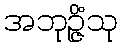
အဘုဉ္ဇိံသု